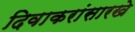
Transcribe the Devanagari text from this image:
दिवाकरांसारखे